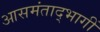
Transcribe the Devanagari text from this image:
आसमंताद्भागीं